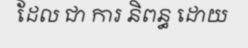
ដែល ជា ការ និពន្ធ ដោយ